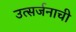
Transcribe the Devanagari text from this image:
उत्सर्जनाची